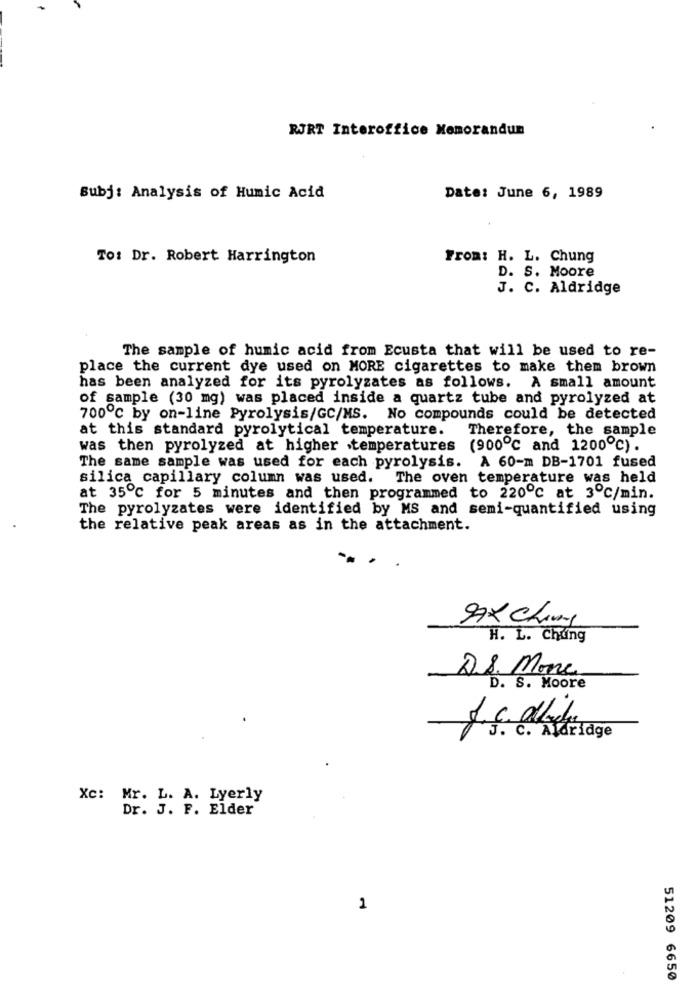
RJRT Interoffice Memorandum
Subj: Analysis of Humic Acid
Date: June 6, 1989
To: Dr. Robert Harrington
From: H. L. Chung
D. S. Moore
J. C. Aldridge
The sample of humic acid from Ecusta that will be used to re-
place the current dye used on MORE cigarettes to make them brown
has been analyzed for its pyrolyzates as follows. A small amount
of sample (30 mg) was placed inside a quartz tube and pyrolyzed at
700℃ by on-line Pyrolysis/GC/MS. No compounds could be detected
at this standard pyrolytical temperature.
Therefore, the sample
was then pyrolyzed at higher .temperatures (900℃ and 1200℃).
The same sample was used for each pyrolysis. A 60-m DB-1701 fused
silica capillary column was used. The oven temperature was held
at 35℃ for 5 minutes and then programmed to 220℃ at 3℃/min.
The pyrolyzates were identified by MS and semi-quantified using
the relative peak areas as in the attachment.
97x Ching
H. L. Chung
D.S. Mone
D. S. Moore
J.c. bid
c. Aldridge
Xc: Mr. L. A. Lyerly
Dr. J. F. Elder
1
51209 6650